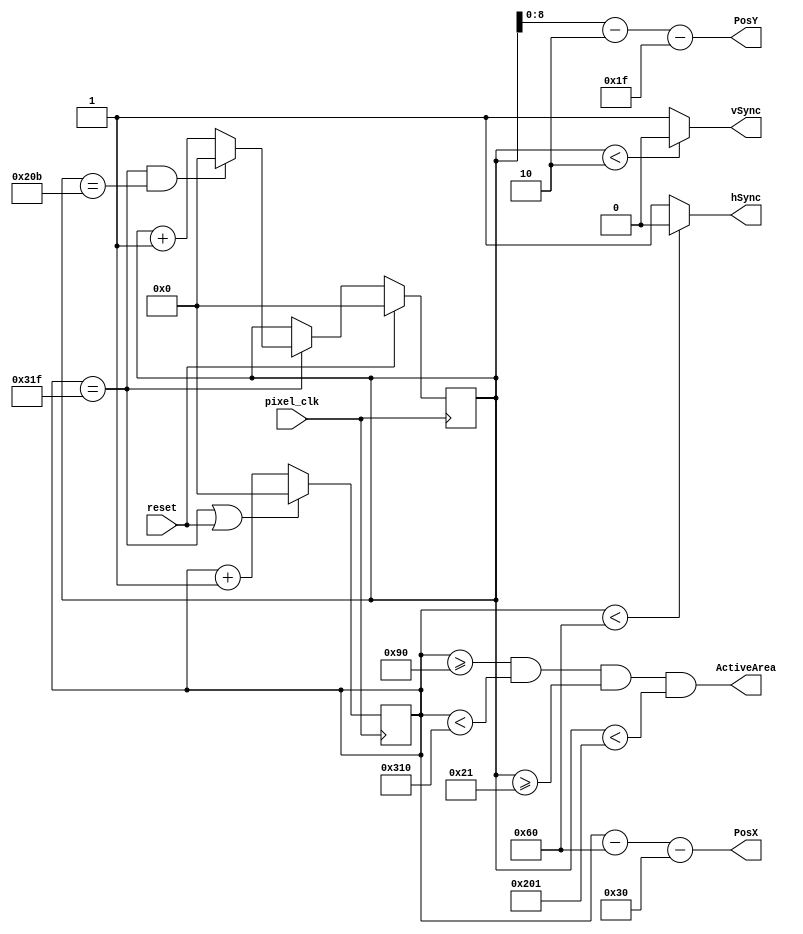
////////////////////////////////////////////////////////////////////////
//640*480@60Hz800*600@60Hz
//800*600@60HzPosXPosYPosX_regPosY_reg
////////////////////////////////////////////////////////////////////////
module syncGenarator(  
    input   wire pixel_clk, // 
    input   wire reset, 
    output  wire [9:0]PosX, 
    output  wire [8:0]PosY, 
    output  reg hSync ,
    output  reg vSync , 
    output  reg ActiveArea);
//640*480@60Hz
 parameter    H_ACTIVE=640;    
 parameter    H_FRONT=16 ;    
 parameter    H_SYNC=96   ;    
 parameter    H_BACK=48    ;    
 parameter    V_ACTIVE=480 ;         
 parameter    V_FRONT=11   ;    
 parameter    V_SYNC=2 ;    
 parameter    V_BACK=31;            
 parameter  H_TOTAL  = H_SYNC + H_BACK + H_ACTIVE + H_FRONT;    
 parameter  V_TOTAL  = V_SYNC + V_BACK + V_ACTIVE + V_FRONT;        
  ////////////////////////////////////////////////////////////////////////  

 reg[9:0]   PosX_reg=0,PosY_reg=0;
 assign     PosX=PosX_reg-H_SYNC-H_BACK;
 assign     PosY=PosY_reg-V_SYNC-V_BACK ;
 //
  wire EndLine;
  assign    EndLine=PosX_reg==(H_TOTAL-1);
  always @(posedge pixel_clk) 
   if(EndLine||reset)  PosX_reg=0; else  PosX_reg=PosX_reg+1;  
  //   
  wire FrameLine;
  assign   EndFrame=EndLine && (PosY_reg==(V_TOTAL-1));
  always @(posedge pixel_clk) 
    if(reset) PosY_reg=0;
     else
     begin
      if(EndLine) 
          begin  if(EndFrame) PosY_reg=0; else  PosY_reg=PosY_reg+1; end 
     end     
   //    
  always @(*) ActiveArea <= (PosX_reg>=H_SYNC+H_BACK) &&
                            (PosX_reg<H_ACTIVE+H_SYNC+H_BACK) && //
                            (PosY_reg>=V_SYNC+V_BACK) &&
                            (PosY_reg<V_ACTIVE+V_SYNC+V_BACK);  
  


  //
  always @(*)
    if(  PosX_reg<H_SYNC )  hSync =0;
    else   hSync =1;
    //    
  always @(*) 
     if (  PosY_reg<V_SYNC)   vSync =0;
     else vSync =1;  
	 
  
endmodule